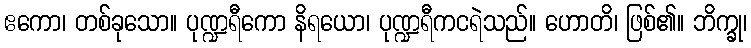
ဧကော၊ တစ်ခုသော။ ပုဏ္ဍရီကော နိရယော၊ ပုဏ္ဍရီကငရဲသည်။ ဟောတိ၊ ဖြစ်၏။ ဘိက္ခု၊